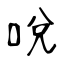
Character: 哾